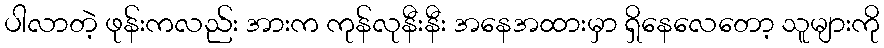
ပါလာတဲ့ ဖုန်းကလည်း အားက ကုန်လုနီးနီး အနေအထားမှာ ရှိနေလေတော့ သူများကို